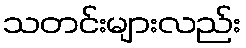
သတင်းများလည်း